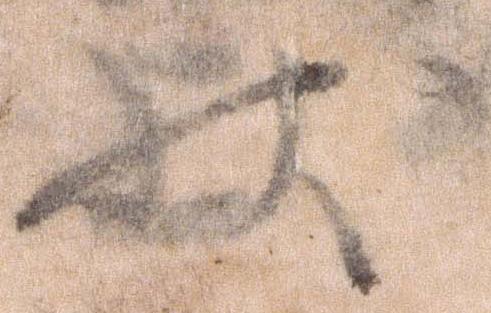
状